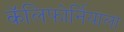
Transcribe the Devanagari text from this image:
कॅलिफोर्नियाला